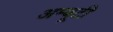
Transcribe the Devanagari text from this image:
अम्बूटी